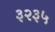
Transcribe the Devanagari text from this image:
३२३५